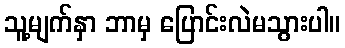
သူ့မျက်နှာ ဘာမှ ပြောင်းလဲမသွားပါ။